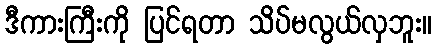
ဒီကားကြီးကို ပြင်ရတာ သိပ်မလွယ်လှဘူး။